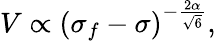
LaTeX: {V\propto(\sigma_{f}-\sigma)^{-\frac{2\alpha}{\sqrt{6}}},}